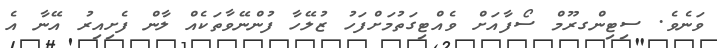
ވަނެވެ. ސިޓިންގރޫމް ސޯފާއަށް ވެއްޓިގަތުމަށްފަހު ޒުލޭހާ ފުންނޭވާތަކެއް ލާން ފެށިއިރު އޭނާ އެ